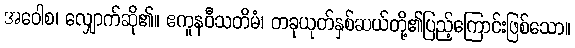
အဝေါစ၊ လျှောက်ဆို၏။ ဧကူနဝီသတိမံ၊ တခုယုတ်နှစ်ဆယ်တို့၏ပြည့်ကြောင်းဖြစ်သော။